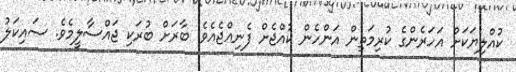
ކުއްލިޔަކަށް އަހަރެންގެ ކުރިމަތިން އަންހެން ކުއްޖެށް ފެނިއްޖެއެވެ. ބާރަށް ބުރަކި ޖައްސާލީމެވެ. ސައިކަލު